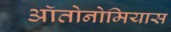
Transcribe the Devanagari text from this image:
ऑतोनोमियास